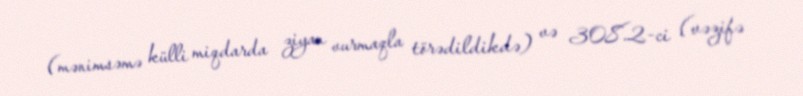
(mənimsəmə külli miqdarda ziyan vurmaqla törədildikdə) və 308.2-ci (vəzifə